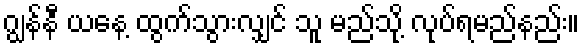
ဂျွန်နီ ယနေ့ ထွက်သွားလျှင် သူ မည်သို့ လုပ်ရမည်နည်း။